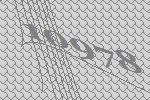
10978